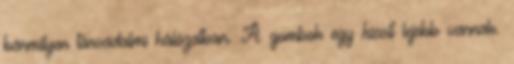
bármilyen társadalmi hálózatban. A gombok egy kicsit lejebb vannak.